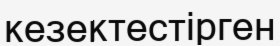
кезектестірген